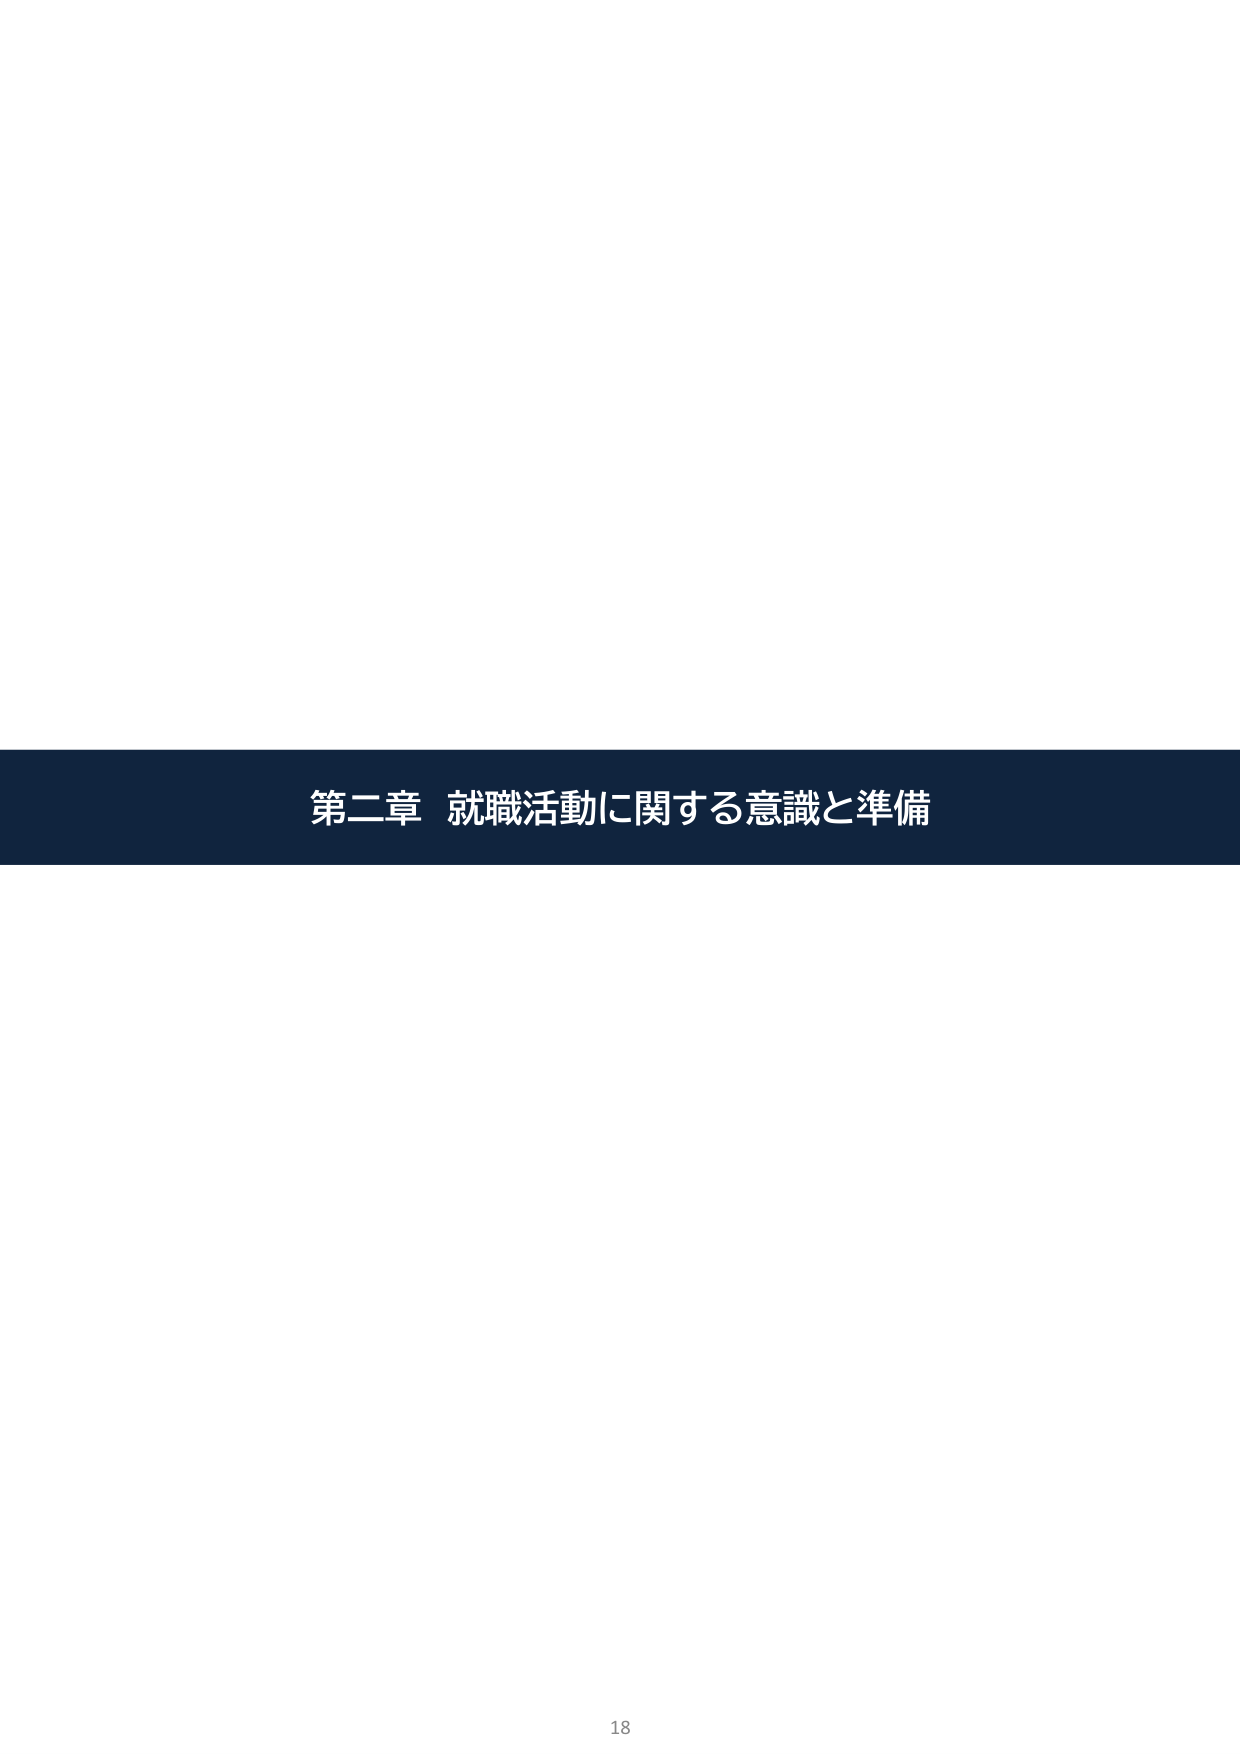
第二章 就職活動に関する意識と準備
18